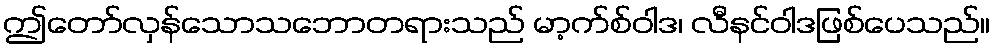
ဤတော်လှန်သောသဘောတရားသည် မာ့က်စ်ဝါဒ၊ လီနင်ဝါဒဖြစ်ပေသည်။